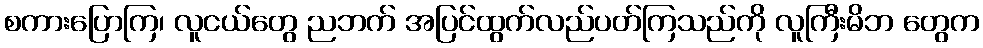
စကားပြောကြ၊ လူငယ်တွေ ညဘက် အပြင်ထွက်လည်ပတ်ကြသည်ကို လူကြီးမိဘ တွေက